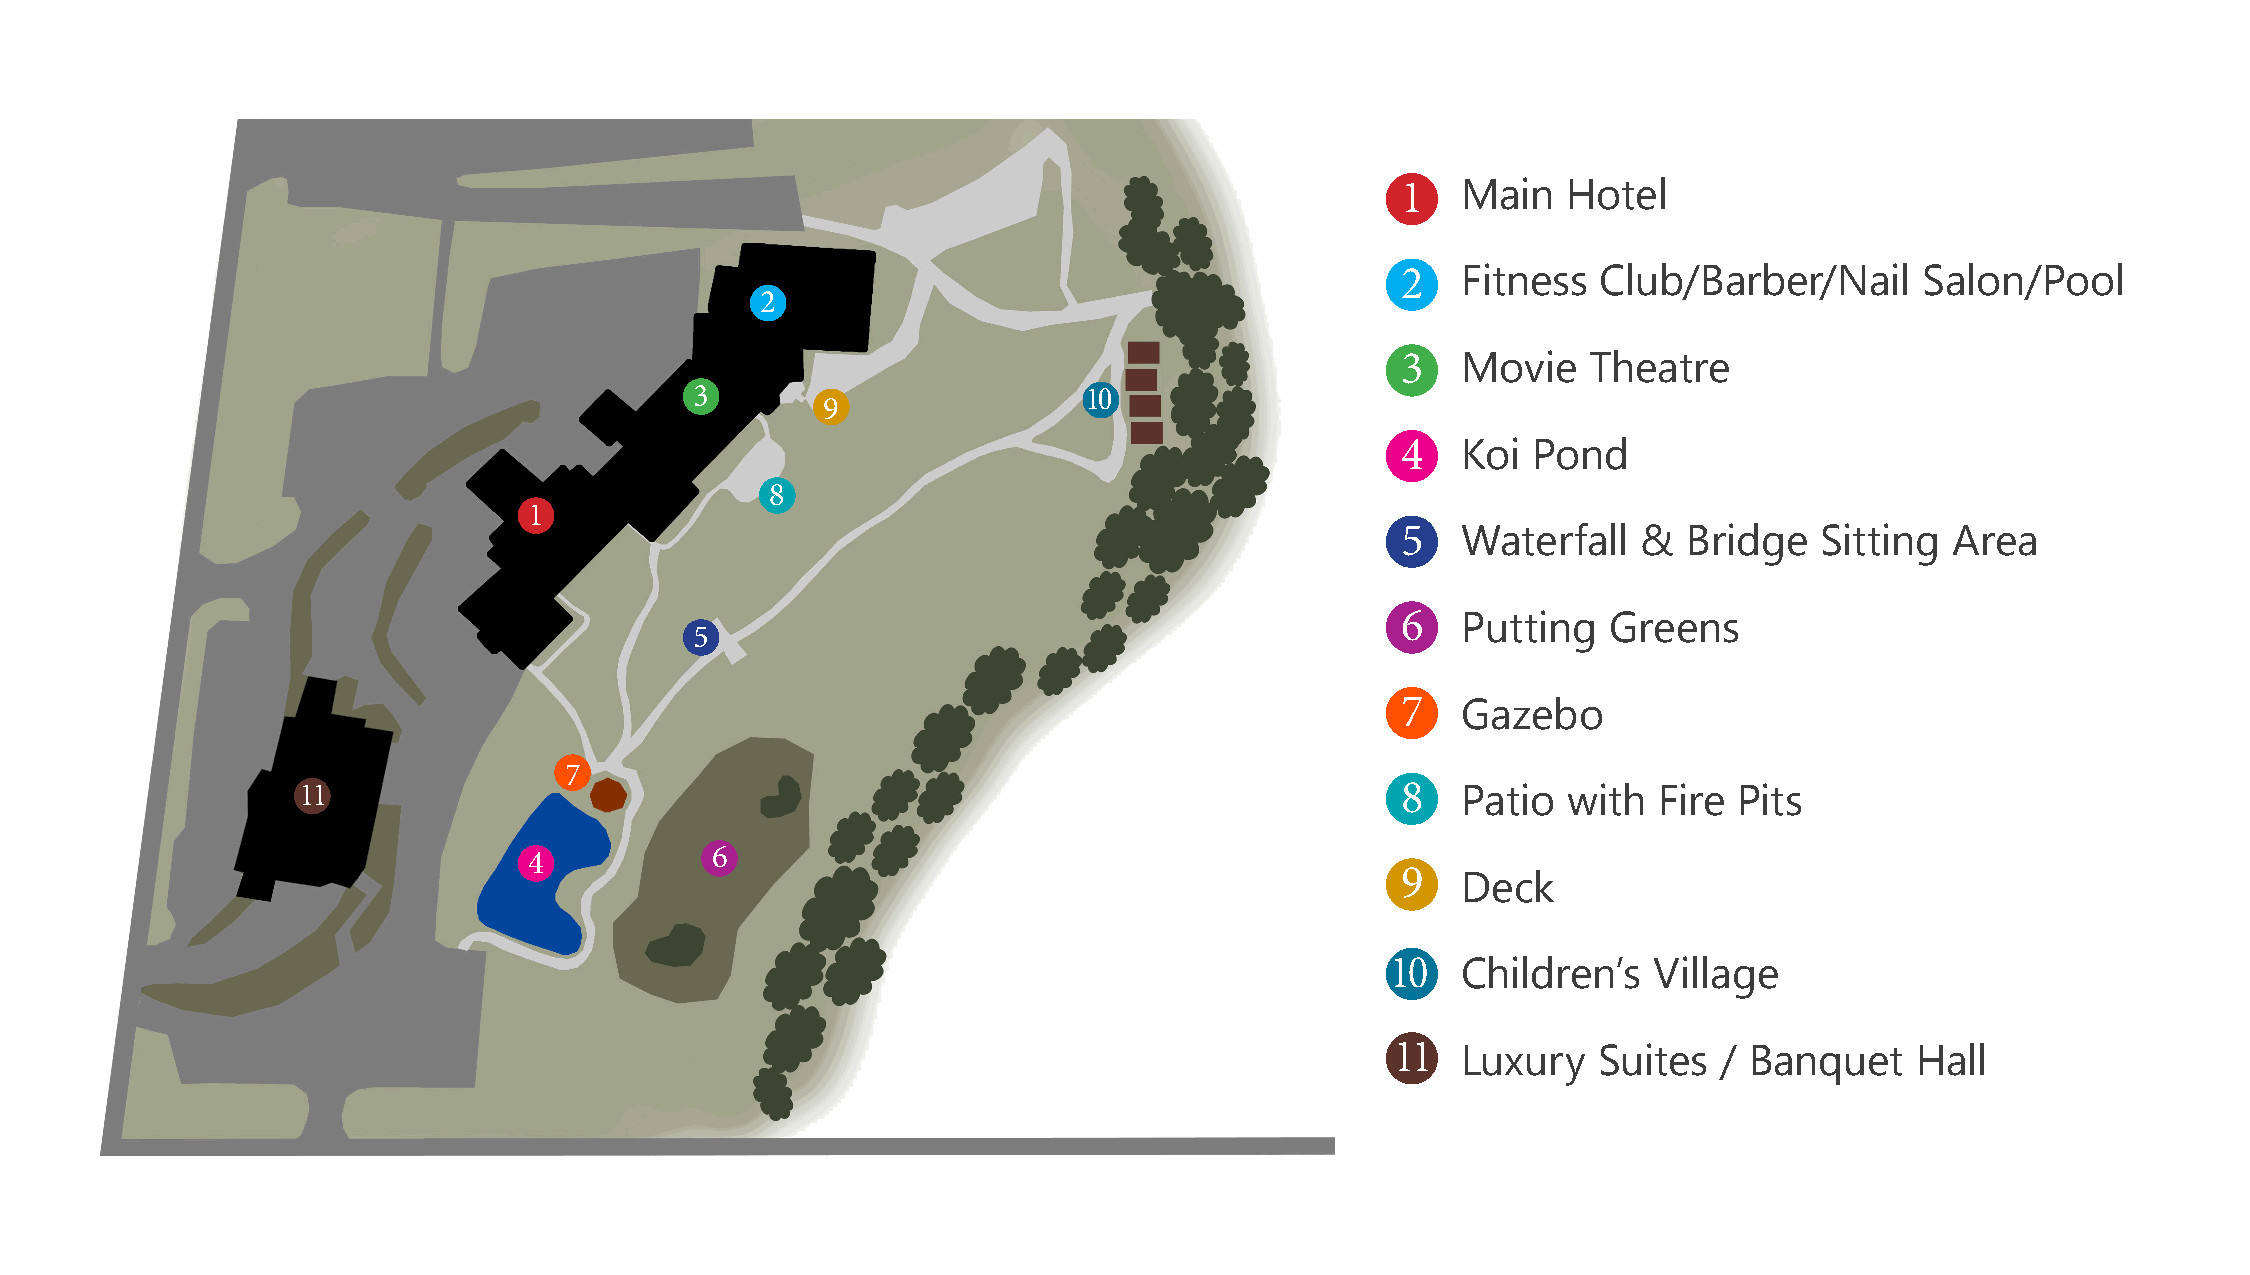
1   Main   Hotel
 2   Fitness  Club/Barber/Nail     Salon/Pool
 2
 3   Movie   Theatre
 3                         10
 9
 4   Koi Pond
 8
 1
 5   Waterfall   &  Bridge  Sitting  Area
 6   Putting   Greens
 5
 7   Gazebo
 7
 11                                                                       8   Patio  with  Fire Pits
 4           6
 9   Deck
 10   Children’s  Village
 11   Luxury   Suites  / Banquet    Hall